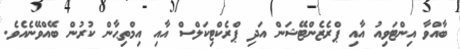
ބާއްވާ އިންޓަވިއު އާއި ޕްރެޒެންޓޭޝަން އަދި ޕްރެކްޓިކަލްސް އާއި އިމްތިޙާން ކުރުން ބޭއްވޭނެއެވެ.